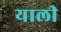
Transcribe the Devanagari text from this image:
याली